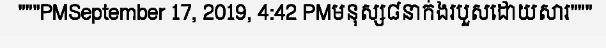
"""PMSeptember 17, 2019, 4:42 PMមនុស្ស៨នាក់ងរបួសដោយសារ"""